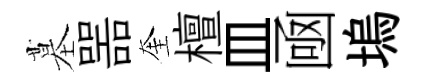
墓噐奎檀皿凾塢